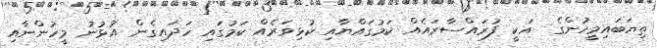
ތިޔަބައިމީހުންގެ  އަކީ ފުރައްސާރައެއް ކަމުގައްޔާއި ކުޅިވަރެއް ކަމުގައި ހަދައިގެން އުޅުނު މީހުންނާއި